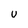
Character: U